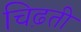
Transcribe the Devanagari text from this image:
चिढ़ती